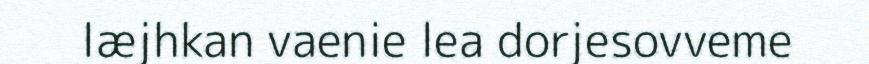
læjhkan vaenie lea dorjesovveme